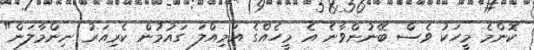
ކޮންމެ މީހަކު ވެސް ބޭނުންވާނެ އެ މީހެއްގެ އަމިއްލަ ގައުމުން ކެރިއަރު ނިންމާލަން"